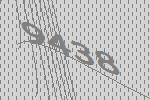
9438